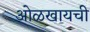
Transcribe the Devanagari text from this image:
ओळखायची